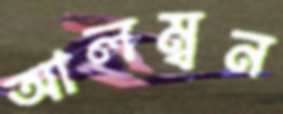
আলম্বন